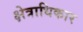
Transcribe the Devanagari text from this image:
क्ष्‍ोत्राधिकार